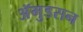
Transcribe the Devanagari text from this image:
अॅमुडसन